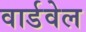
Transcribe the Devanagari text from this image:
वार्डवेल